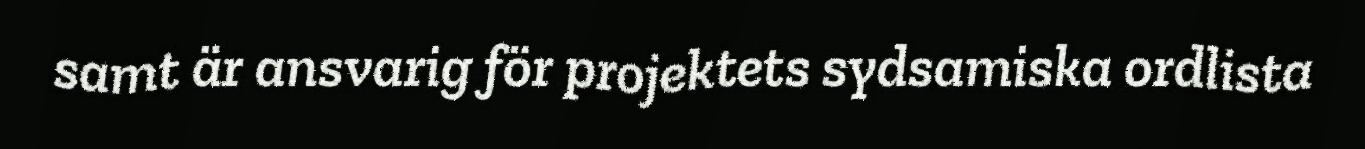
samt är ansvarig för projektets sydsamiska ordlista